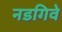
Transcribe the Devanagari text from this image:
नडगिवे